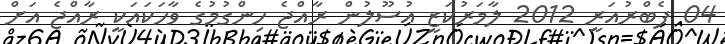
04 ފެބްރުއަރީ 2012 ލާމަރުކަޒީ އުސޫލުން ރާއްޖެ ހިންގުމުގެ ވާހަކައަކީ ރާއްޖެ އަށް